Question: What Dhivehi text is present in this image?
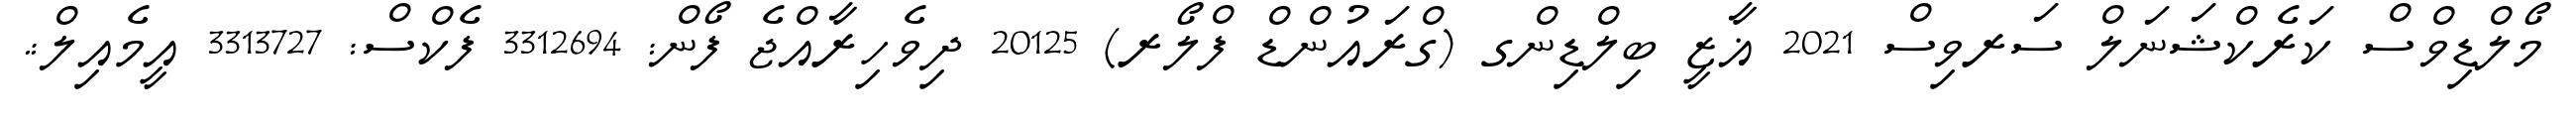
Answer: މޯލްޑިވްސް ކަރެކްޝަނަލް ސަރވިސް 2021 ޣާޒީ ބިލްޑިންގ (ގްރައުންޑް ފްލޯރ) 20125 ދިވެހިރާއްޖެ ފޯން: 3312694 ފެކްސް: 3313727 އީމެއިލް:.